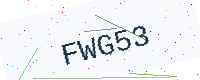
Text: FWG53